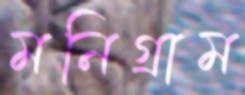
মনিগ্রাম